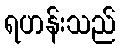
ရဟန်းသည်